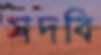
সদবি